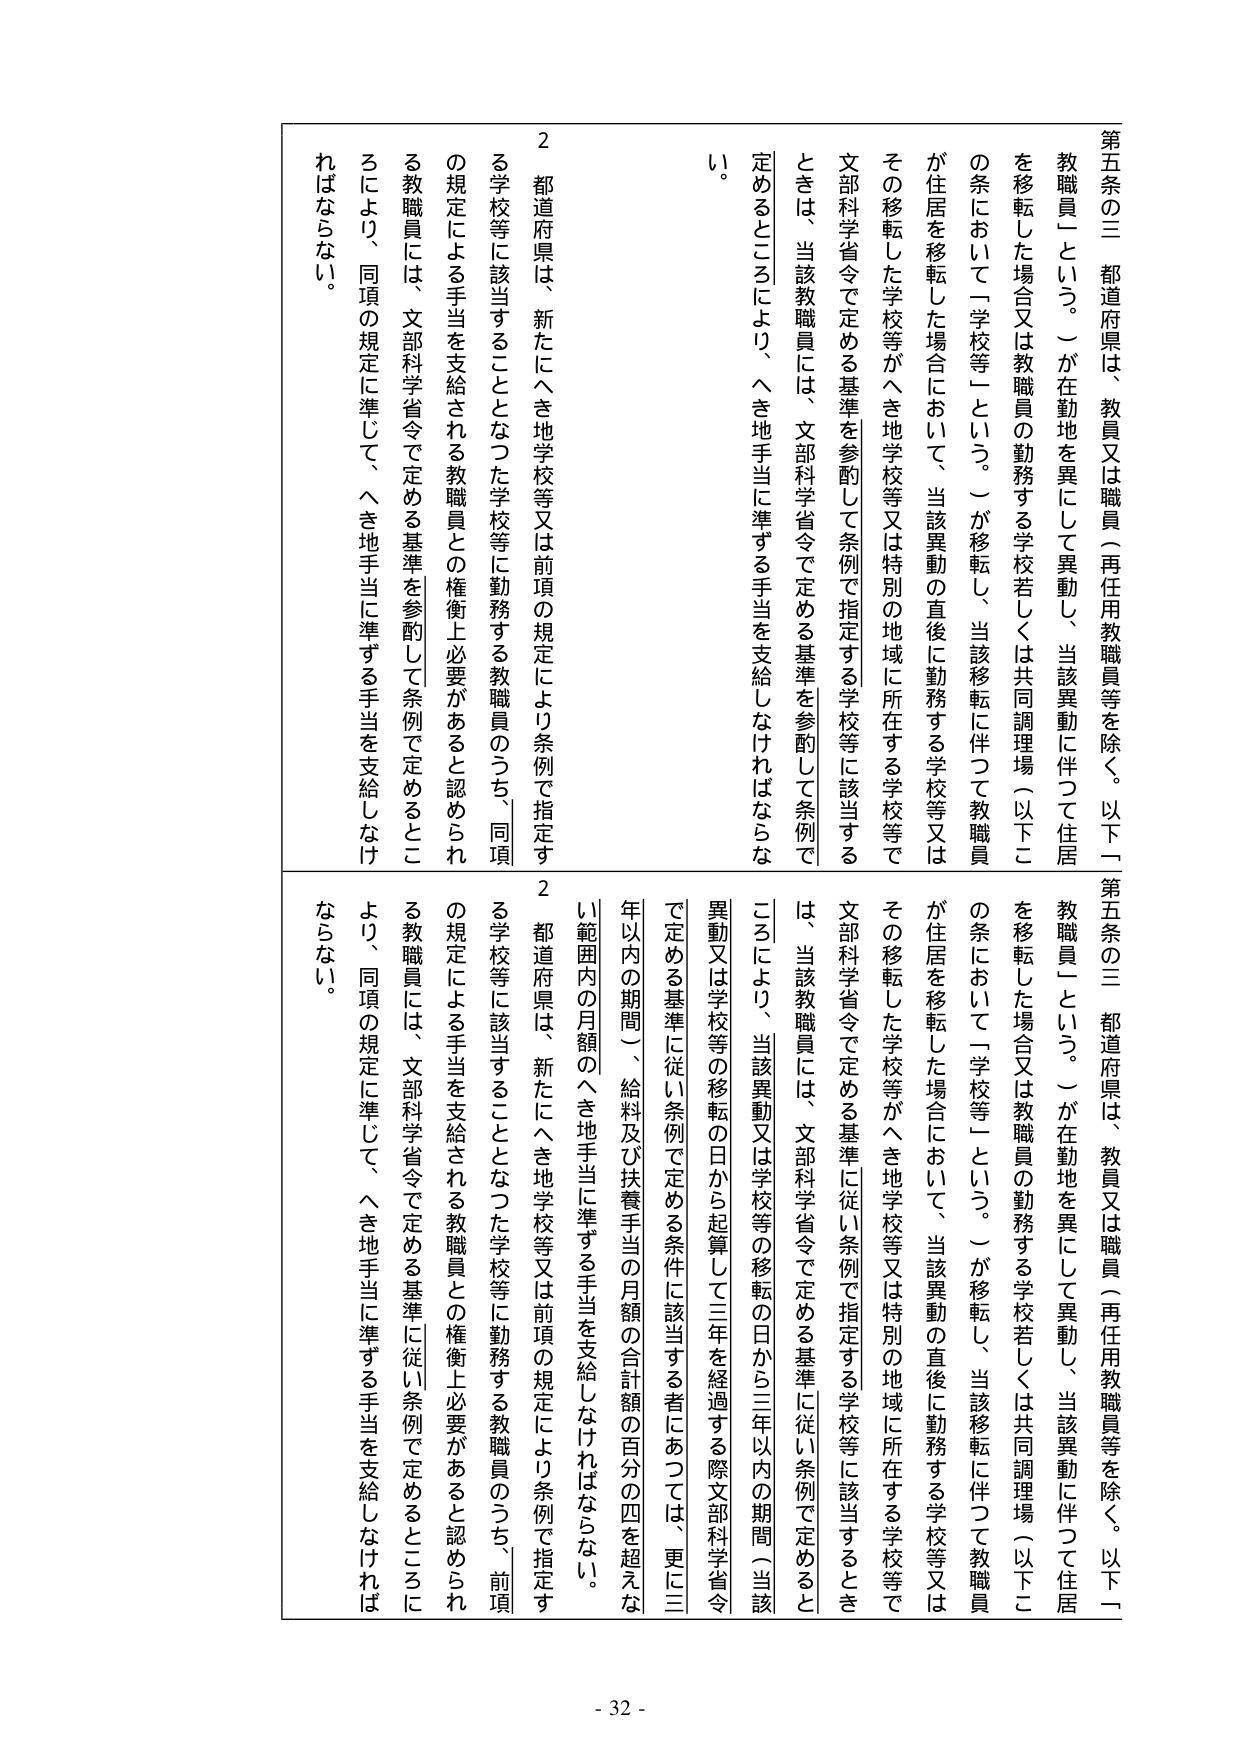
第五条の三 都道府県は、教員又は職員（再任用教職員等を除く。以下「教職員」という。）が在勤地を異にして異動し、当該異動に伴って住居を移転した場合又は教職員の勤務する学校若しくは共同調理場（以下この条において「学校等」という。）が移転し、当該移転に伴って教職員が住居を移転した場合において、当該異動の直後に勤務する学校等又はその移転した学校等がへき地学校等又は特別の地域に所在する学校等で文部科学省令で定める基準を参酌して条例で指定する学校等に該当するときは、当該教職員には、文部科学省令で定める基準を参酌して条例で定めるところにより、へき地手当に準ずる手当を支給しなければならない。

2 都道府県は、新たにへき地学校等又は前項の規定により条例で指定する学校等に該当することとなった学校等に勤務する教職員のうち、同項の規定による手当を支給される教職員との権衡上必要があると認められる教職員には、文部科学省令で定める基準を参酌して条例で定めるところにより、同項の規定に準じて、へき地手当に準ずる手当を支給しなければならない。

第五条の三 都道府県は、教員又は職員（再任用教職員等を除く。以下「教職員」という。）が在勤地を異にして異動し、当該異動に伴って住居を移転した場合又は教職員の勤務する学校若しくは共同調理場（以下この条において「学校等」という。）が移転し、当該移転に伴って教職員が住居を移転した場合において、当該異動の直後に勤務する学校等又はその移転した学校等がへき地学校等又は特別の地域に所在する学校等で文部科学省令で定める基準に従い条例で定める学校等に該当するときは、当該教職員には、文部科学省令で定める基準に従い条例で定めるところにより、当該異動又は学校等の移転の日から三年以内の期間（当該異動又は学校等の移転の日から起算して三年を経過する際文部科学省令で定める基準に従い条例で定める条件に該当する者にあつては、更に三年以内の期間）、給料及び扶養手当の月額の合計額の百分の四を超えない範囲内の月額のへき地手当に準ずる手当を支給しなければならない。

2 都道府県は、新たにへき地学校等又は前項の規定により条例で指定する学校等に該当することとなった学校等に勤務する教職員のうち、前項の規定による手当を支給される教職員との権衡上必要があると認められる教職員には、文部科学省令で定める基準に従い条例で定めるところにより、同項の規定に準じて、へき地手当に準ずる手当を支給しなければならない。

- 32 -